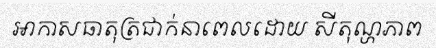
អាកាសធាតុត្រជាក់នាពេលដោយ សីតុណ្ហភាព